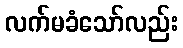
လက်မခံသော်လည်း